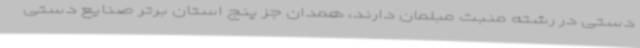
دستی در رشته منبت مبلمان دارند، همدان جز پنج استان برتر صنایع دستی